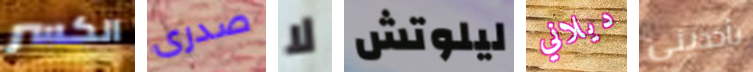
الكسر صدرى لا ليلوتش ديلاني تأخذيني